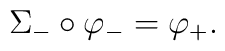
\Sigma_- \circ \varphi_- = \varphi_+.